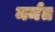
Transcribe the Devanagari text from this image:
मर्मत